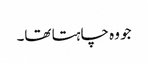
جو وہ چاہتا تھا۔